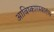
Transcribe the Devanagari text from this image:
आविष्कारस्वातंत्र्य